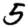
Digit: 5